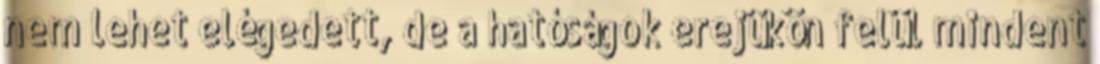
nem lehet elégedett, de a hatóságok erejükön felül mindent